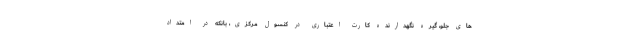
های جلو، گیره نگهدارنده کارت اعتباری در کنسول مرکزی، بانکه در امتداد